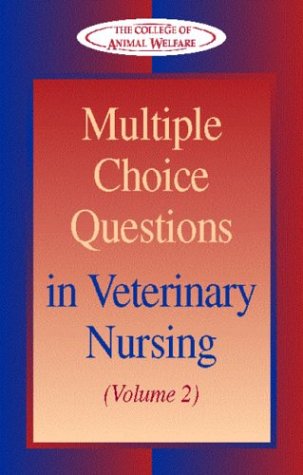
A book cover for Multiple Choice Questions in Veterinary Nursing: Volume 2, 1e; CAW; Medical Books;